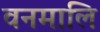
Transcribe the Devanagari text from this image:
वनमालि